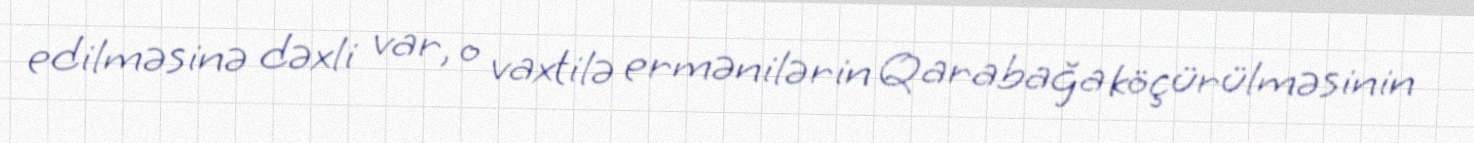
edilməsinə dəxli var, o vaxtilə ermənilərin Qarabağa köçürülməsinin